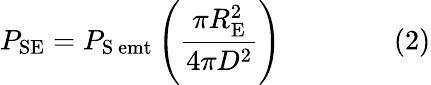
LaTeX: P_{\mathrm{{SE}}}=P_{\mathrm{{S\ emt}}}\left({\frac{\pi R_{\mathrm{{E}}}^{2}}{4\pi D^{2}}}\right)\qquad\qquad(2)